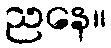
ညနေ။